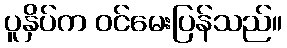
ပူနှိပ်က ဝင်မေးပြန်သည်။